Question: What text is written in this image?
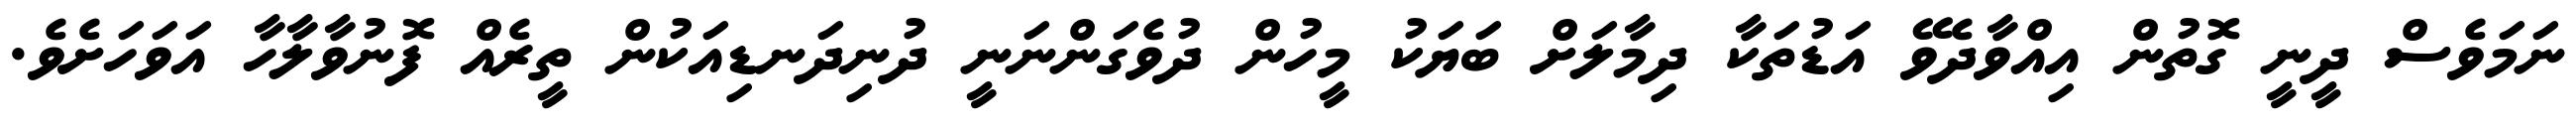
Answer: ނަމަވެސް ދީނީ ގޮތުން އިއްވާދެވޭ އަޑުތަކާ ދިމާލަށް ބަޔަކު މީހުން ދުވެގަންނަނީ ދުނިދަނޑިއަކުން ތީރެއް ފޮނުވާލާހާ އަވަހަށެވެ.